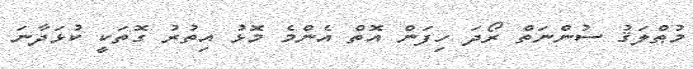
މުޠްލަޤު ސުންނަތް ރޯދަ ހިފަން އޮތް އެންމެ މޮޅު އިތުރު ގޮތަކީ ކުޅަދާނަ